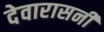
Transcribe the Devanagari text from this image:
देवारासनी